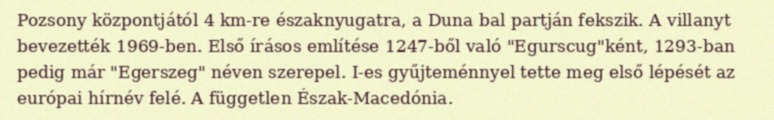
Pozsony központjától 4 km-re északnyugatra, a Duna bal partján fekszik. A villanyt bevezették 1969-ben. Első írásos említése 1247-ből való "Egurscug"ként, 1293-ban pedig már "Egerszeg" néven szerepel. I-es gyűjteménnyel tette meg első lépését az európai hírnév felé. A független Észak-Macedónia.